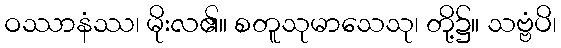
ဝဿာနံဿ၊ မိုးလ၏။ စတူသုမာသေသု၊ တို့၌။ သဗ္ဗံပိ၊